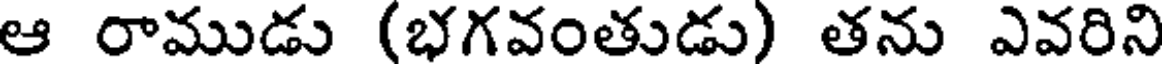
ఆ రాముడు (భగవంతుడు) తను ఎవరిని